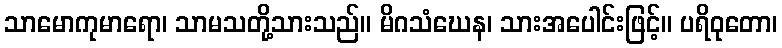
သာမောကုမာရော၊ သာမသတို့သားသည်။ မိဂသံဃေန၊ သားအပေါင်းဖြင့်။ ပရိဝုတော၊